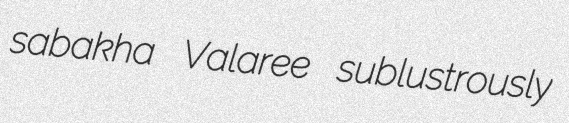
sabakha Valaree sublustrously